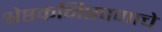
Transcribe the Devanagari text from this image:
श्रेष्ठकनिष्ठपणाचे